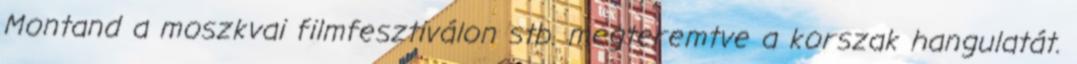
Montand a moszkvai filmfesztiválon stb. megteremtve a korszak hangulatát.